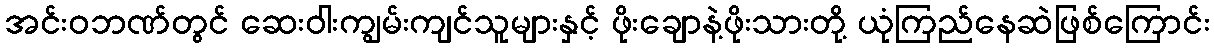
အင်းဝဘဏ်တွင် ဆေးဝါးကျွမ်းကျင်သူများနှင့် ဖိုးချောနဲ့ဖိုးသားတို့ ယုံကြည်နေဆဲဖြစ်ကြောင်း